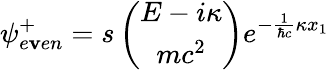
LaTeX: {\psi}_{e\mathbf{v}en}^{+}=s\left(\begin{array}{c}{{E-i{\kappa}}}\\ {{mc^{2}}}\end{array}\right)e^{-\frac{{1}}{{{\hbar}c}}{\kappa}x_{1}}